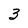
Character: 3